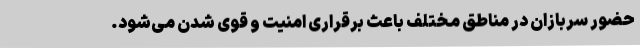
حضور سربازان در مناطق مختلف باعث برقراری امنیت و قوی شدن می‌شود.